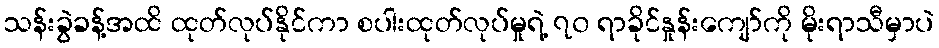
သန်းခွဲခန့်အထိ ထုတ်လုပ်နိုင်ကာ စပါးထုတ်လုပ်မှုရဲ့ ၇၀ ရာခိုင်နှုန်းကျော်ကို မိုးရာသီမှာပဲ